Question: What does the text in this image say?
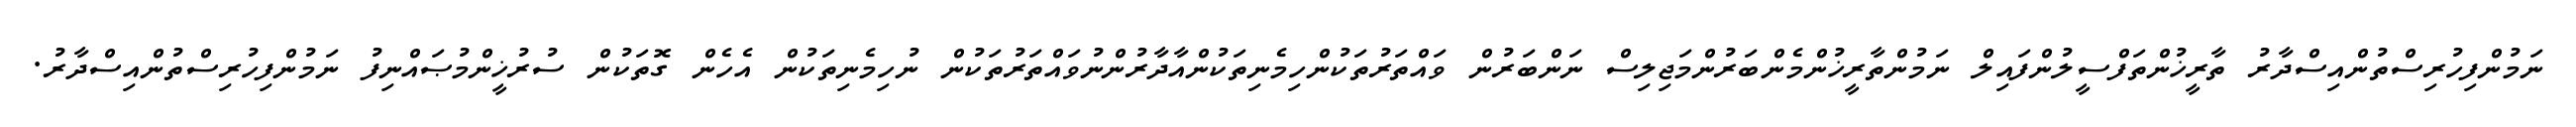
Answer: ނަމުންފިހުރިސްތުންއިސްދާރު ތާރީޚުންތަފްސީލުންފައިލް ނަމުންތާރީޚުންމެންބަރުންމަޖިލިސް ނަންބަރުން ވައްތަރުތަކުންހިމެނިތަކުންއާދާރުންނުވައްތަރުތަކުން ނުހިމެނިތަކުން އެހެން ގޮތަކުން ސުރުޚީންމުޞައްނިފު ނަމުންފިހުރިސްތުންއިސްދާރު.